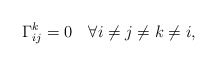
\begin{align*} \Gamma^k_{ij}=0 \quad\forall i\neq j\neq k\neq i, \end{align*}